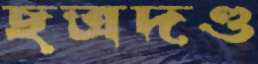
ছত্রদণ্ড